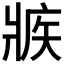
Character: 𰠕